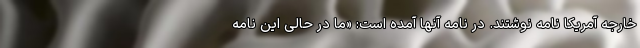
خارجه آمریکا نامه نوشتند. در نامه آنها آمده است: «ما در حالی این نامه